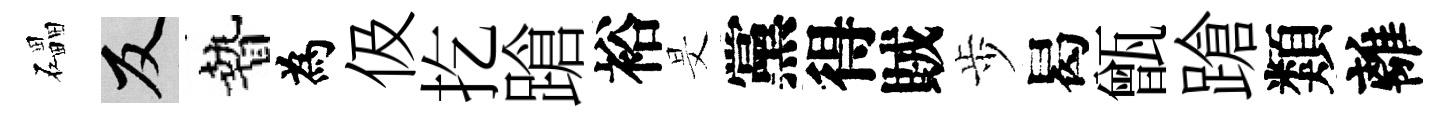
礧反贄為伋扢蹌裕旻黨得賊歩曷甑蹌類離